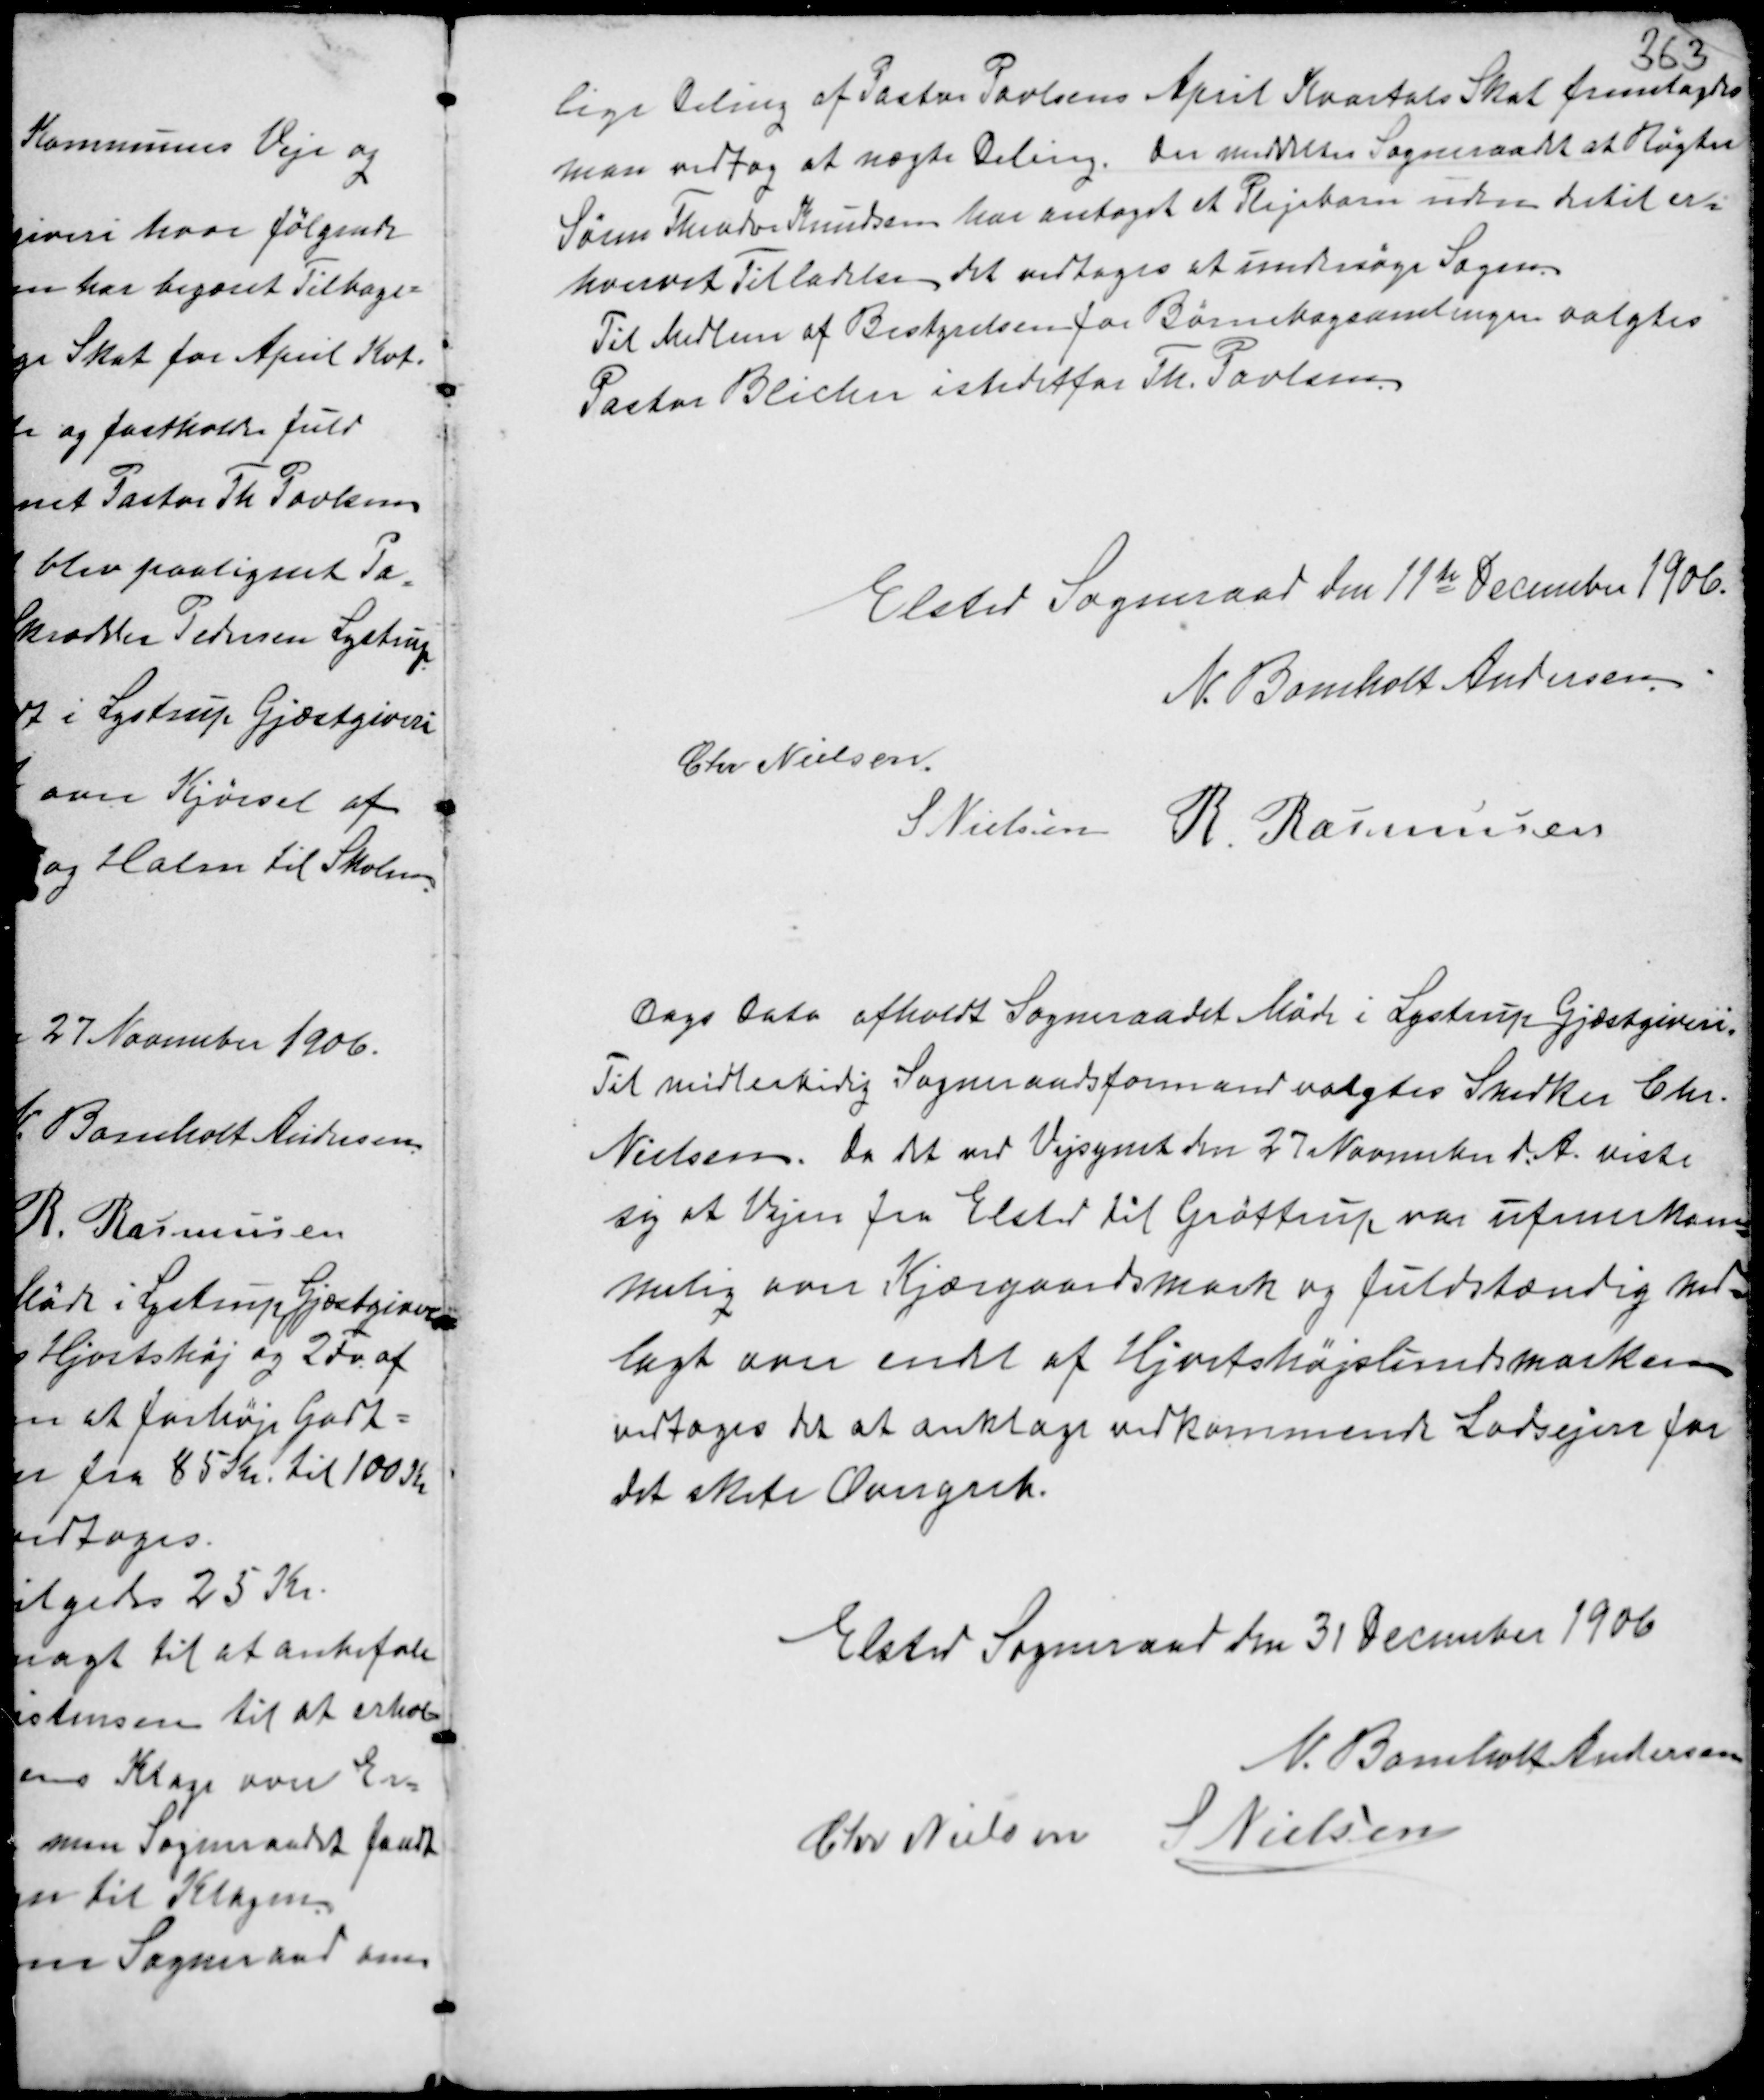
Transskription:
lige Deling af Pastor Povlsens April Kvartals Skat fremlagdes
man vedtog at nægte Deling. Der meddeltes Sogneraadet at Røgter
Søren Theodor Knudsen har antaget et Plejebarn uden dertil er-
hvervet Tilladelse, det vedtoges at undersøge Sagen.
Til Medlem af Bestyrelsen for Børnebogsamlingen valgtes
Pastor Blicher istedetfor Th. Povlsen.

Elsted Sogneraad den 11te December 1906.
N. Bomholt Andersen
Chr. Nielsen
S. Nielsen R. Rasmussen

Dags Dato afholdt Sogneraadet Møde i Lystrup Gjæstgiveri.
Til midlertidig Sogneraadsformand valgtes Snedker Chr.
Nielsen. Da det ved Vejsynet den 27 November d.A. viste
sig at Vejen fra Elsted til Gjøttrup var ufremkom-
melig over Kjærgaards Mark og fuldstændig ned-
lagt over endet af Hjortshøjslundsmarken
vedtoges det at anklage vedkommende Lodsejere for
det skete Overgreb.

Elsted Sogneraad den 31 December 1906
N. Bomholt Andersen
Chr Nielsen S Nielsen